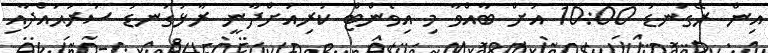
އިން ރޭގަނޑު 10:00 އަށް ބާއްވާ މި އިވެންޓް ކުރިއަށްދާނީ ރާޅުގަނޑު ސަރަޙައްދާއި